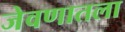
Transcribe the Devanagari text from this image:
जेवणातला